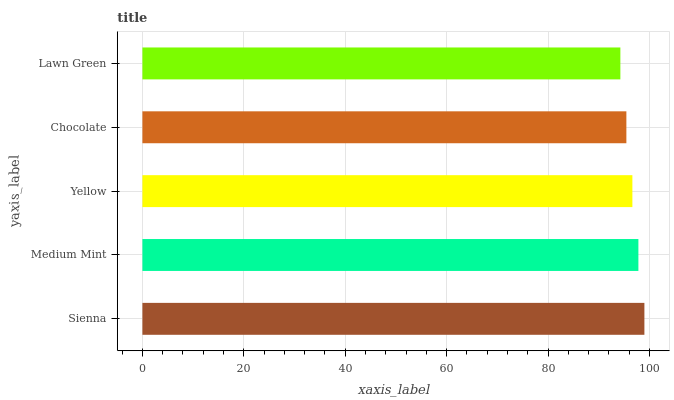
| yaxis_label | bars |
 | --- | --- |
 | Sienna | 99 |
 | Medium Mint | 97.8 |
 | Yellow | 96.6 |
 | Chocolate | 95.4 |
 | Lawn Green | 94.3 |